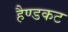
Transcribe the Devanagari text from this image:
हैण्डकट